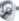
ما